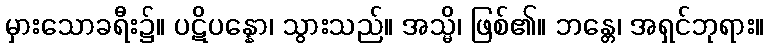
မှားသောခရီး၌။ ပဋိပန္နော၊ သွားသည်။ အသ္မိ၊ ဖြစ်၏။ ဘန္တေ၊ အရှင်ဘုရား။